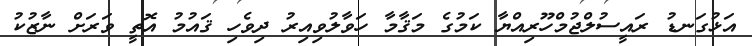
އަޅުގަނޑު ރައީސުލްޖުމްހޫރިއްޔާ ކަމުގެ މަޤާމާ ހަވާލުވިއިރު ދިވެހި ޤައުމު އޮތީ ވަރަށް ނާޒުކު